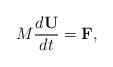
LaTeX: \begin{align*}M \dfrac{d\mathbf{U}}{dt} = \mathbf{F}, \end{align*}